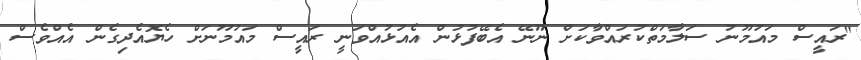
"ރައީސް މައުމޫނު ސަލާމަތްކުރައްވާކަށް ނޫނޭ އެބޭފުޅުން އެއުޅުއްވަނީ ރައީސް މައުމޫނަށް ހެޔޮއެދިގެން އެއްވެސް